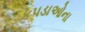
કપડાઓના